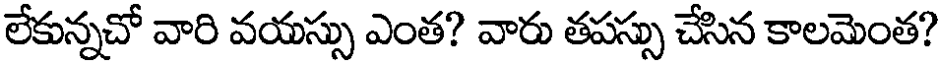
లేకున్నచో వారి వయస్సు ఎంత? వారు తపస్సు చేసిన కాలమెంత?